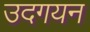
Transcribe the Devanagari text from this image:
उदगयन